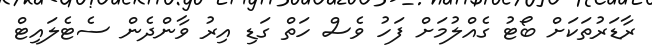
ރާޑަރުތަކަށް ބޯޓު ގެއްލުމަށް ފަހު ވެސް ހަތް ގަޑި އިރު ވާންދެން ސެޓެލައިޓް